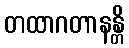
တထာဂတာနန္တိ